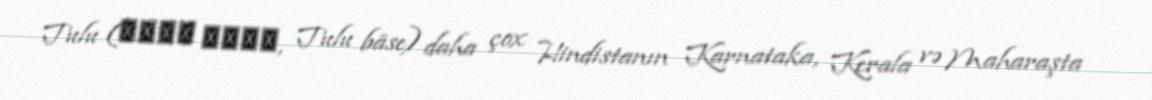
Tulu (ತುಳು ಭಾಷೆ, Tulu bāse) daha çox Hindistanın Karnataka, Kerala və Maharaşta